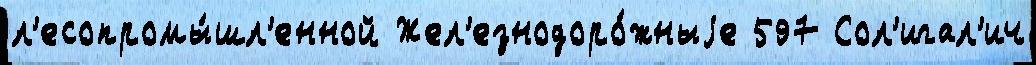
л'есопромы́шл'енной Жел'езнодоро́жныjе 597 Сол'игал'ич